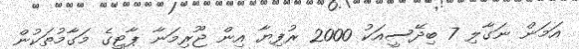
އަމަން ނަގާލި 7 ބިދޭސީއަކު 2000 ރުފިޔާ އިން ޖޫރިމަނާ ޕާޓީގެ މަގާމުތަކުން